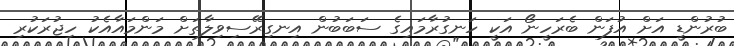
ބުރުންޑީ އަށް އުފަން ބެރަހީނޯ އަކީ ހަނގުރާމައިގެ ސަބަބުން އިނގިރޭސިވިލާތަށް މަންމައާއެކު ހިޖުރަކުރި